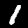
Digit: 1